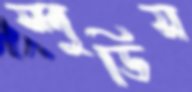
স্পুডিস